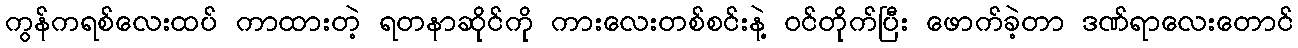
ကွန်ကရစ်လေးထပ် ကာထားတဲ့ ရတနာဆိုင်ကို ကားလေးတစ်စင်းနဲ့ ဝင်တိုက်ပြီး ဖောက်ခဲ့တာ ဒဏ်ရာလေးတောင်